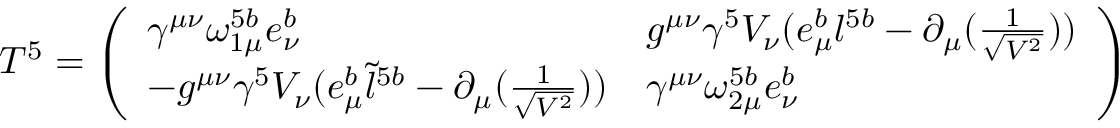
T ^ { 5 } = \left( \begin{array} { l l } { { \gamma ^ { \mu \nu } \omega _ { 1 \mu } ^ { 5 b } e _ { \nu } ^ { b } } } & { { g ^ { \mu \nu } \gamma ^ { 5 } V _ { \nu } ( e _ { \mu } ^ { b } l ^ { 5 b } - \partial _ { \mu } ( \frac { 1 } { \sqrt { V ^ { 2 } } } ) ) } } \\ { { - g ^ { \mu \nu } \gamma ^ { 5 } V _ { \nu } ( e _ { \mu } ^ { b } \tilde { l } ^ { 5 b } - \partial _ { \mu } ( \frac { 1 } { \sqrt { V ^ { 2 } } } ) ) } } & { { \gamma ^ { \mu \nu } \omega _ { 2 \mu } ^ { 5 b } e _ { \nu } ^ { b } } } \end{array} \right)